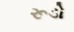
રૂડો